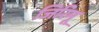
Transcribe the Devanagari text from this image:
जिरिमू